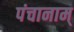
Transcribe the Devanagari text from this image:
पंचानाम्